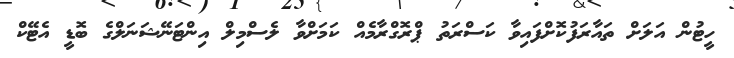
ހީޓުން އަލަށް ތައާރަފުކޮށްފައިވާ ކަސްރަތު ޕްރޮގްރާމެއް ކަމަށްވާ ލެސްމިލް އިންޓަނޭޝަނަލްގެ ބޮޑީ އެޓޭކް